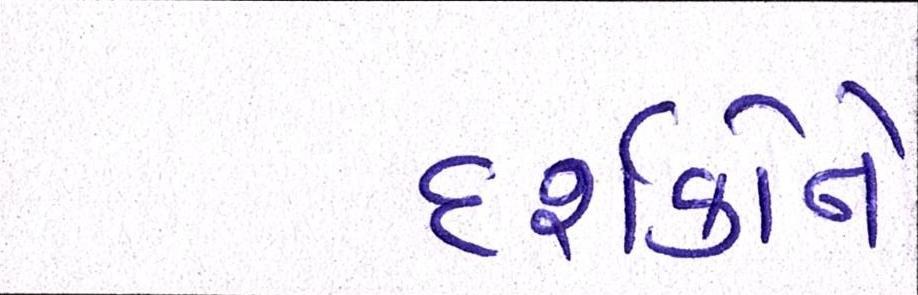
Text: દર્શકોને